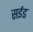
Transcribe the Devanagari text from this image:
सईड